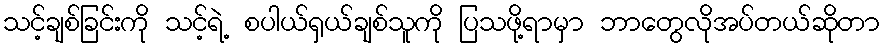
သင့်ချစ်ခြင်းကို သင့်ရဲ့ စပါယ်ရှယ်ချစ်သူကို ပြသဖို့ရာမှာ ဘာတွေလိုအပ်တယ်ဆိုတာ